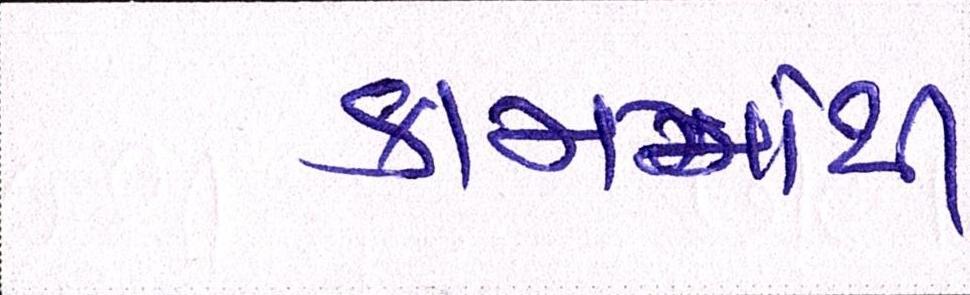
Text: કામમાંથી